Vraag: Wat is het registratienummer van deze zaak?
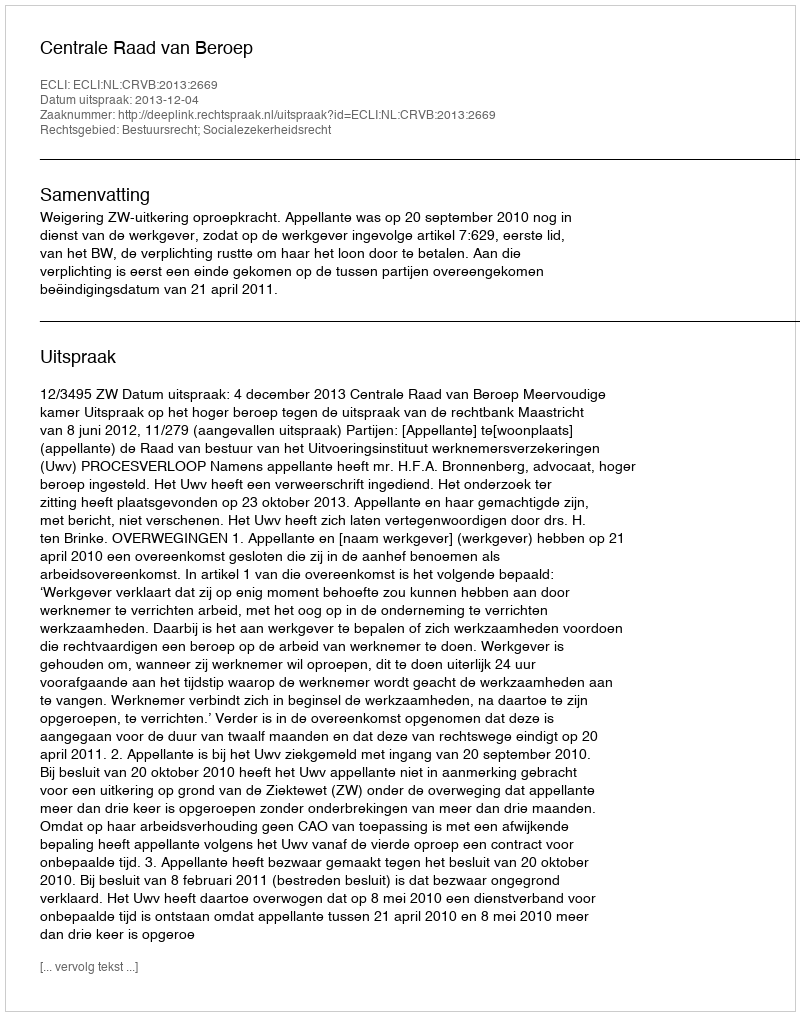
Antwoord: http://deeplink.rechtspraak.nl/uitspraak?id=ECLI:NL:CRVB:2013:2669